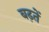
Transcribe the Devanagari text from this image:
बढ़तें